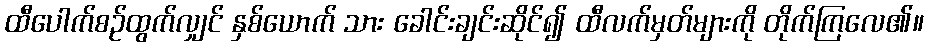
ထီပေါက်စဉ်ထွက်လျှင် နှစ်ယောက် သား ခေါင်းချင်းဆိုင်၍ ထီလက်မှတ်များကို တိုက်ကြလေ၏။